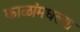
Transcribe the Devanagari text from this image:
काळांमधल्या